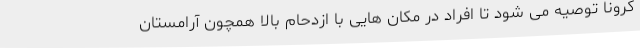
کرونا توصیه می شود تا افراد در مکان هایی با ازدحام بالا همچون آرامستان